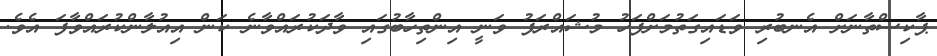
ޕާކިސްތާނަށް އެނބުރި ވަޑައިގަތުމަށްފަހު މުޝައްރަފު ވަނީ އިންތިހާބުގައި ވާދަކުރައްވާނެ ކަން އިއުލާންކުރައްވާފަ އެވެ.